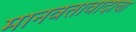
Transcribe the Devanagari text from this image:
मानवतावादाचा